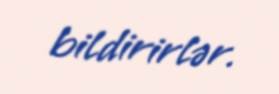
bildirirlər.